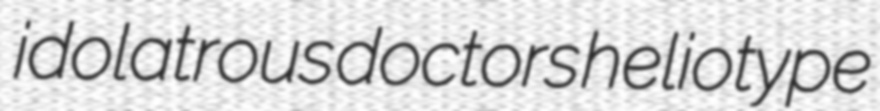
idolatrous doctors heliotype